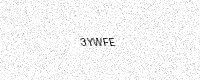
Text: 3YWFE